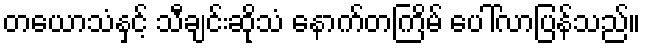
တယောသံနှင့် သီချင်းဆိုသံ နောက်တကြိမ် ပေါ်လာပြန်သည်။